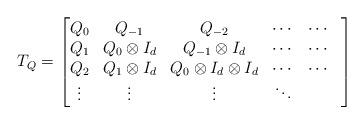
LaTeX: \begin{align*}T_Q = \begin{bmatrix} Q_0 & Q_{-1} & Q_{-2} & \cdots & \cdots \\ Q_{1} & Q_0\otimes I_d & Q_{-1} \otimes I_d & \cdots & \cdots \\ Q_{2} & Q_{1} \otimes I_d & Q_0\otimes I_d\otimes I_d & \cdots & \cdots \\ \vdots & \vdots & \vdots & \ddots & & \\ \end{bmatrix}\end{align*}